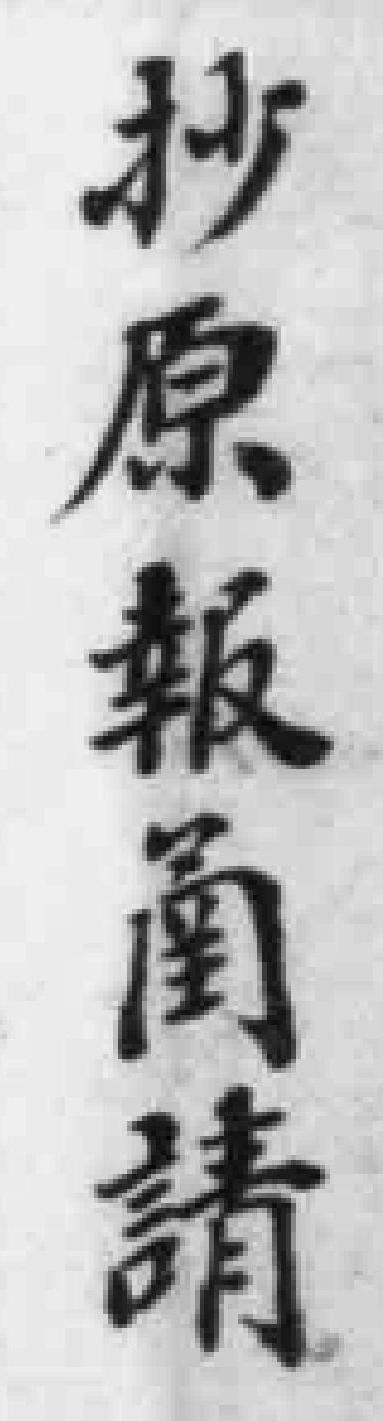
抄原報圅請